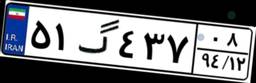
۵۱گ۴۳۷۰۸